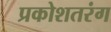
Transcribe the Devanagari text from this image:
प्रकोशतरंग